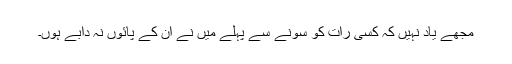
مجھے یاد نہیں کہ کسی رات کو سونے سے پہلے میں نے ان کے پائوں نہ دابے ہوں۔